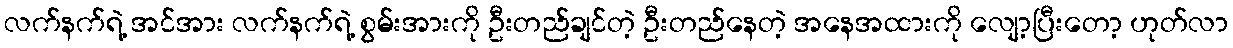
လက်နက်ရဲ့ အင်အား လက်နက်ရဲ့ စွမ်းအားကို ဦးတည်ချင်တဲ့ ဦးတည်နေတဲ့ အနေအထားကို လျော့ပြီးတော့ ဟုတ်လာ